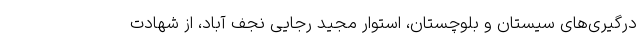
درگیری‌های سیستان و بلوچستان، استوار مجید رجایی نجف آباد، از شهادت